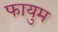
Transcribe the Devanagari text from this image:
फायुम